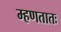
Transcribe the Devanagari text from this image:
म्हणतातः